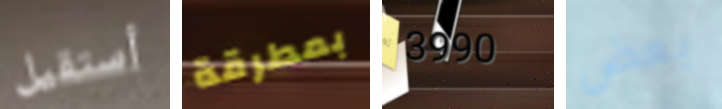
أستقيل بمطرقة 3990 بعض